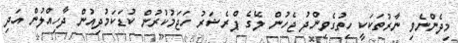
މިދެންނެވި ނާރުތަކަކީ ހިތުގެވިންދު ޖެހުން ލޭގެ ޕްރެޝަރު ހަޖަމުކުރުން ކުޑަކަމުދިއުން ދާހިއްލުން އަދި